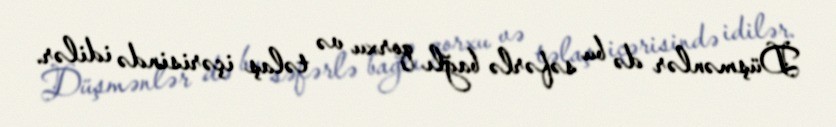
Düşmənlər də bu səfərlə bağlı qorxu və təlaş içərisində idilər.